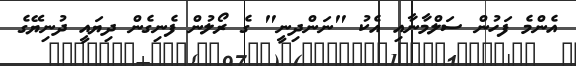
އެންމެ ފަހުން ސަލްމާނާއި އެކު "ނަންދިނީ" ގެ ރޯލުން ފެނިގެން ދިޔައީ ދުނިޔޭގެ